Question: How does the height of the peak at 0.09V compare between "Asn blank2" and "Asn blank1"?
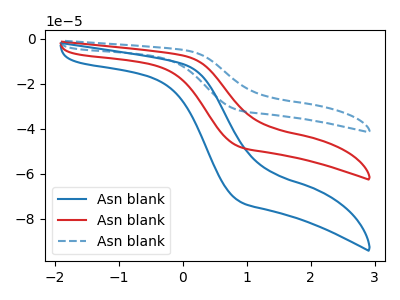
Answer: <think>The blue curve "Asn blank1" has no peaks. The red curve "Asn blank2" has no peaks. The blue dashed curve "Asn blank3" has no peaks.</think>
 <answer>"Asn blank2" and "Asn blank1" dont share a peak at 0.09V.</answer>
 <eval>mismatch</eval>